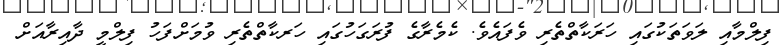
ފިލްމާއި ލަވަތަކުގައި ހަރަކާތްތެރި ވެފައެވެ. ކެމެރާގެ ފުރަގަހުގައި ހަރކާތްތެރި ވުމަށްފަހު ފިލްމީ ދާއިރާއަށް